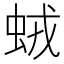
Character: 𧊕